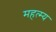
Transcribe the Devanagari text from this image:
महत्म्य